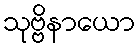
သုဗ္ဗိနာယော